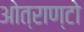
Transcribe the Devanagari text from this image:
ओत्राण्टो